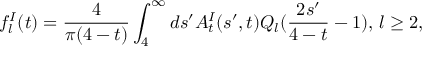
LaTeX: f _ { l } ^ { I } ( t ) = { \frac { 4 } { \pi ( 4 - t ) } } \int _ { 4 } ^ { \infty } d s ^ { \prime } A _ { t } ^ { I } ( s ^ { \prime } , t ) Q _ { l } ( { \frac { 2 s ^ { \prime } } { 4 - t } } - 1 ) , \, l \geq 2 ,